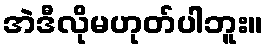
အဲဒီလိုမဟုတ်ပါဘူး။